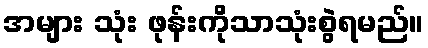
အများ သုံး ဖုန်းကိုသာသုံးစွဲရမည်။